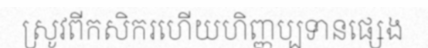
ស្រូវពីកសិករហើយហិញ្ញប្បទានផ្សេង